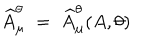
{ \widehat A } _ { \mu } ^ { \theta } \; = \; { \widehat A } _ { \mu } ^ { \theta } ( A , \theta )